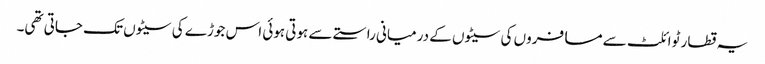
یہ قطار ٹوائلٹ سے مسافروں کی سیٹوں کے درمیانی راستے سے ہوتی ہوئی اس جوڑے کی سیٹوں تک جاتی تھی۔